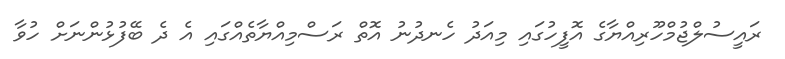
ރައީސުލްޖުމްހޫރިއްޔާގެ އޮފީހުގައި މިއަދު ހެނދުނު އޮތް ރަސްމިއްޔާތެއްގައި އެ ދެ ބޭފުޅުންނަށް ހުވާ